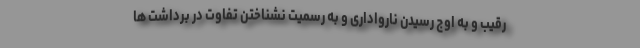
رقیب و به اوج رسیدن نارواداری و به رسمیت نشناختن تفاوت در برداشت ها